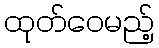
ထုတ်ဝေမည့်